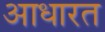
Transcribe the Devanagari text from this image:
आधारत